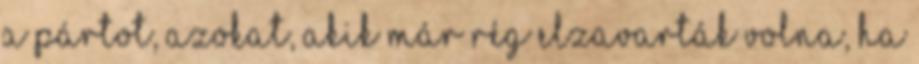
a pártot, azokat, akik már rég elzavarták volna, ha